Burma Government Medical School reports 1923-41
Year: 1923
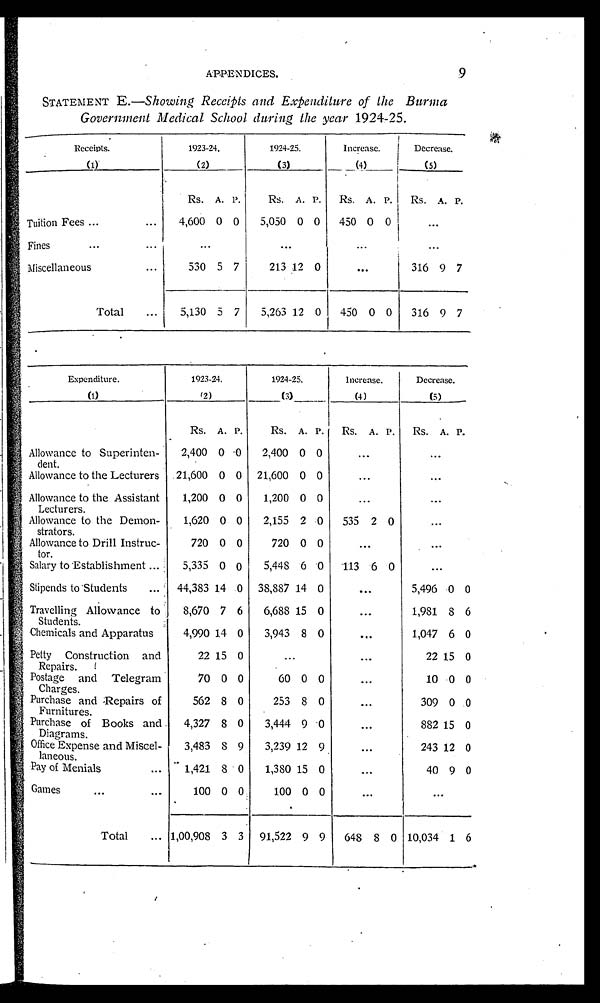
APPENDICES.
9
STATEMENT E .-Showing Receipts and Expenditure of the Burma
Government Medical School during the year 1924-25.
Receipts.
1 9 2 3 - 2 4 .
1924-25.
Increase.
Decrease.
(1)
(2)
(3)
(4)
(5)
Rs. A. P.
Rs. A. P. Rs. A. P. Rs. A. P.
Tuition Fees ...
... 4,600 0 0 5,050 0 0 450 0 0
...
Fines
. . .
. . .
. . .
. . .
. . . .
Miscellaneous...
5 3 0 5 7
213 12 0
. . .
316 9 7
Total ... 5,130 5 7 5,263 12 0 1450 0 0 316 9 7
Expenditure.
1923-24.
1924-25.
Increase.
Decrease.
(1)
(2)
(3)
( 4 )
(5)
Rs. A. P.
Rs. A. P. Rs. A. P. Rs. A. P.
Allowance to Superinten-
dent.
2,400 0
0 2,400 0 0
...
...
Allowance to the Lecturers 21,600 0 0 21,600 0 0
...
...
Allowance to the Assistant
Lecturers.
1,200 0 0 1,200 0 0
...
...
Allowance to the Demon-
strators.
1,620 0 0 2,155 2 0 535 2 0
...
Allowance to Drill Instruc-
tor.
720 0 0
720 0 0
...
...
Salary to Establishment ... 5,335 0 0 5,448 6 0 113 6 0
...
Stipends to Students ... 44,383 14 0 38,887 14 0
...
5,496 0 0
Travelling Allowance to
Students.
8,670 7 6 6,688 15 0
...
1,981 8 6
Chemicals and Apparatus
4,990 14 0 3,943 8 0
...
1,047 6 0
Petty Construction and
Repairs.
22 15 0
...
...
22 15 0
Postage and Telegram
Charges.
70 0 0
60 0 0
...
10 0 0
Purchase and Repairs of
Furnitures.
562 8 0
253 8 0
...
309 0 0
Purchase of Books and
Diagrams.
4,327 8 0 3,444 9
. . . . .
882 15 0
Office Expense and Miscel-
laneous.
3,483 8 9 3,239 12
...
243 12 0
Pay of Menials
... 1,421 8 0 1,380 15 0
...
40 9 0
Games... ...
...
1 0 0 0 0
100 0 0
...
... 0
Total ... 1,00,908 3 3 91,522 9 9 648 8 0 10,034 1 6